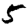
Digit: 5